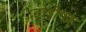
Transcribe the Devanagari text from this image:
टोडीगढ़